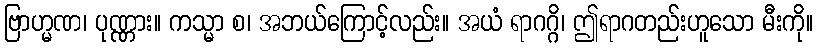
ဗြာဟ္မဏ၊ ပုဏ္ဏား။ ကသ္မာ စ၊ အဘယ်ကြောင့်လည်း။ အယံ ရာဂဂ္ဂိ၊ ဤရာဂတည်းဟူသော မီးကို။